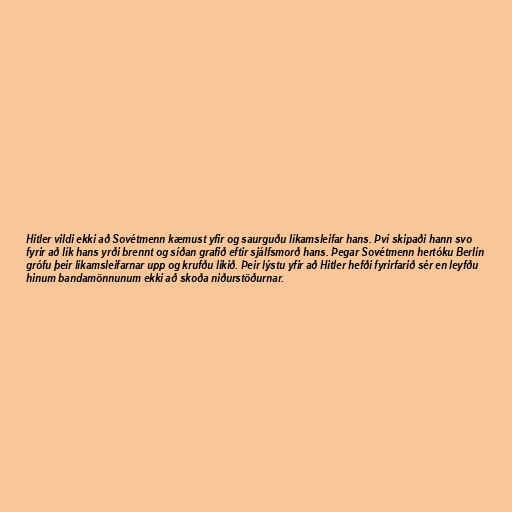
Hitler vildi ekki að Sovétmenn kæmust yfir og saurguðu líkamsleifar hans. Því skipaði hann svo
fyrir að lík hans yrði brennt og síðan grafið eftir sjálfsmorð hans. Þegar Sovétmenn hertóku Berlín
grófu þeir líkamsleifarnar upp og krufðu líkið. Þeir lýstu yfir að Hitler hefði fyrirfarið sér en leyfðu
hinum bandamönnunum ekki að skoða niðurstöðurnar.